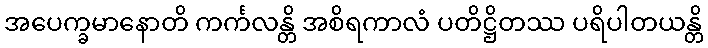
အပေက္ခမာနောတိ ကင်္ကလန္တိ အစိရကာလံ ပတိဋ္ဌိတဿ ပရိပါတယန္တိ